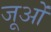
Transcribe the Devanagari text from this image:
जूओं